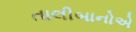
તાલીબાનોએ